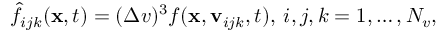
\hat { f } _ { i j k } ( \boldsymbol { \mathbf { x } } , t ) = ( \Delta v ) ^ { 3 } f ( \boldsymbol { \mathbf { x } } , \boldsymbol { \mathbf { v } } _ { i j k } , t ) , \: i , j , k = 1 , \ldots , N _ { v } ,